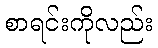
စာရင်းကိုလည်း